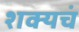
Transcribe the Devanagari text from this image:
शक्यचं